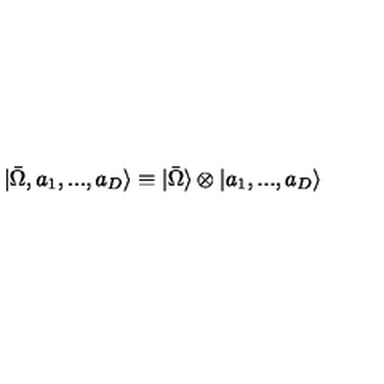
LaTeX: | \bar { \Omega } , a _ { 1 } , . . . , a _ { D } \rangle \equiv | \bar { \Omega } \rangle \otimes | a _ { 1 } , . . . , a _ { D } \rangle